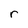
Character: r